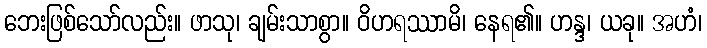
ဘေးဖြစ်သော်လည်း။ ဖာသု၊ ချမ်းသာစွာ။ ဝိဟရဿာမိ၊ နေရ၏။ ဟန္ဒ၊ ယခု။ အဟံ၊